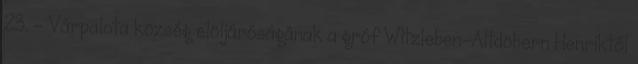
23. – Várpalota község elöljáróságának a gróf Witzleben-Altdöbern Henriktől